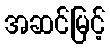
အဆင်မြင့်